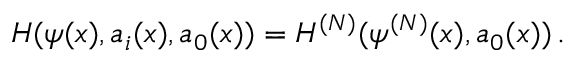
{ \cal H } ( \psi ( x ) , a _ { i } ( x ) , a _ { 0 } ( x ) ) = { \cal H } ^ { ( N ) } ( \psi ^ { ( N ) } ( x ) , a _ { 0 } ( x ) ) \, .